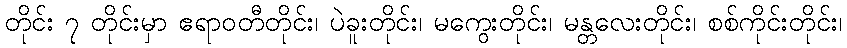
တိုင်း ၇ တိုင်းမှာ ဧရာဝတီတိုင်း၊ ပဲခူးတိုင်း၊ မကွေးတိုင်း၊ မန္တလေးတိုင်း၊ စစ်ကိုင်းတိုင်း၊